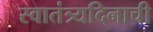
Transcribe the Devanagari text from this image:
स्वातंत्र्यदिनाची